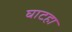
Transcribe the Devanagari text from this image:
घाटहा